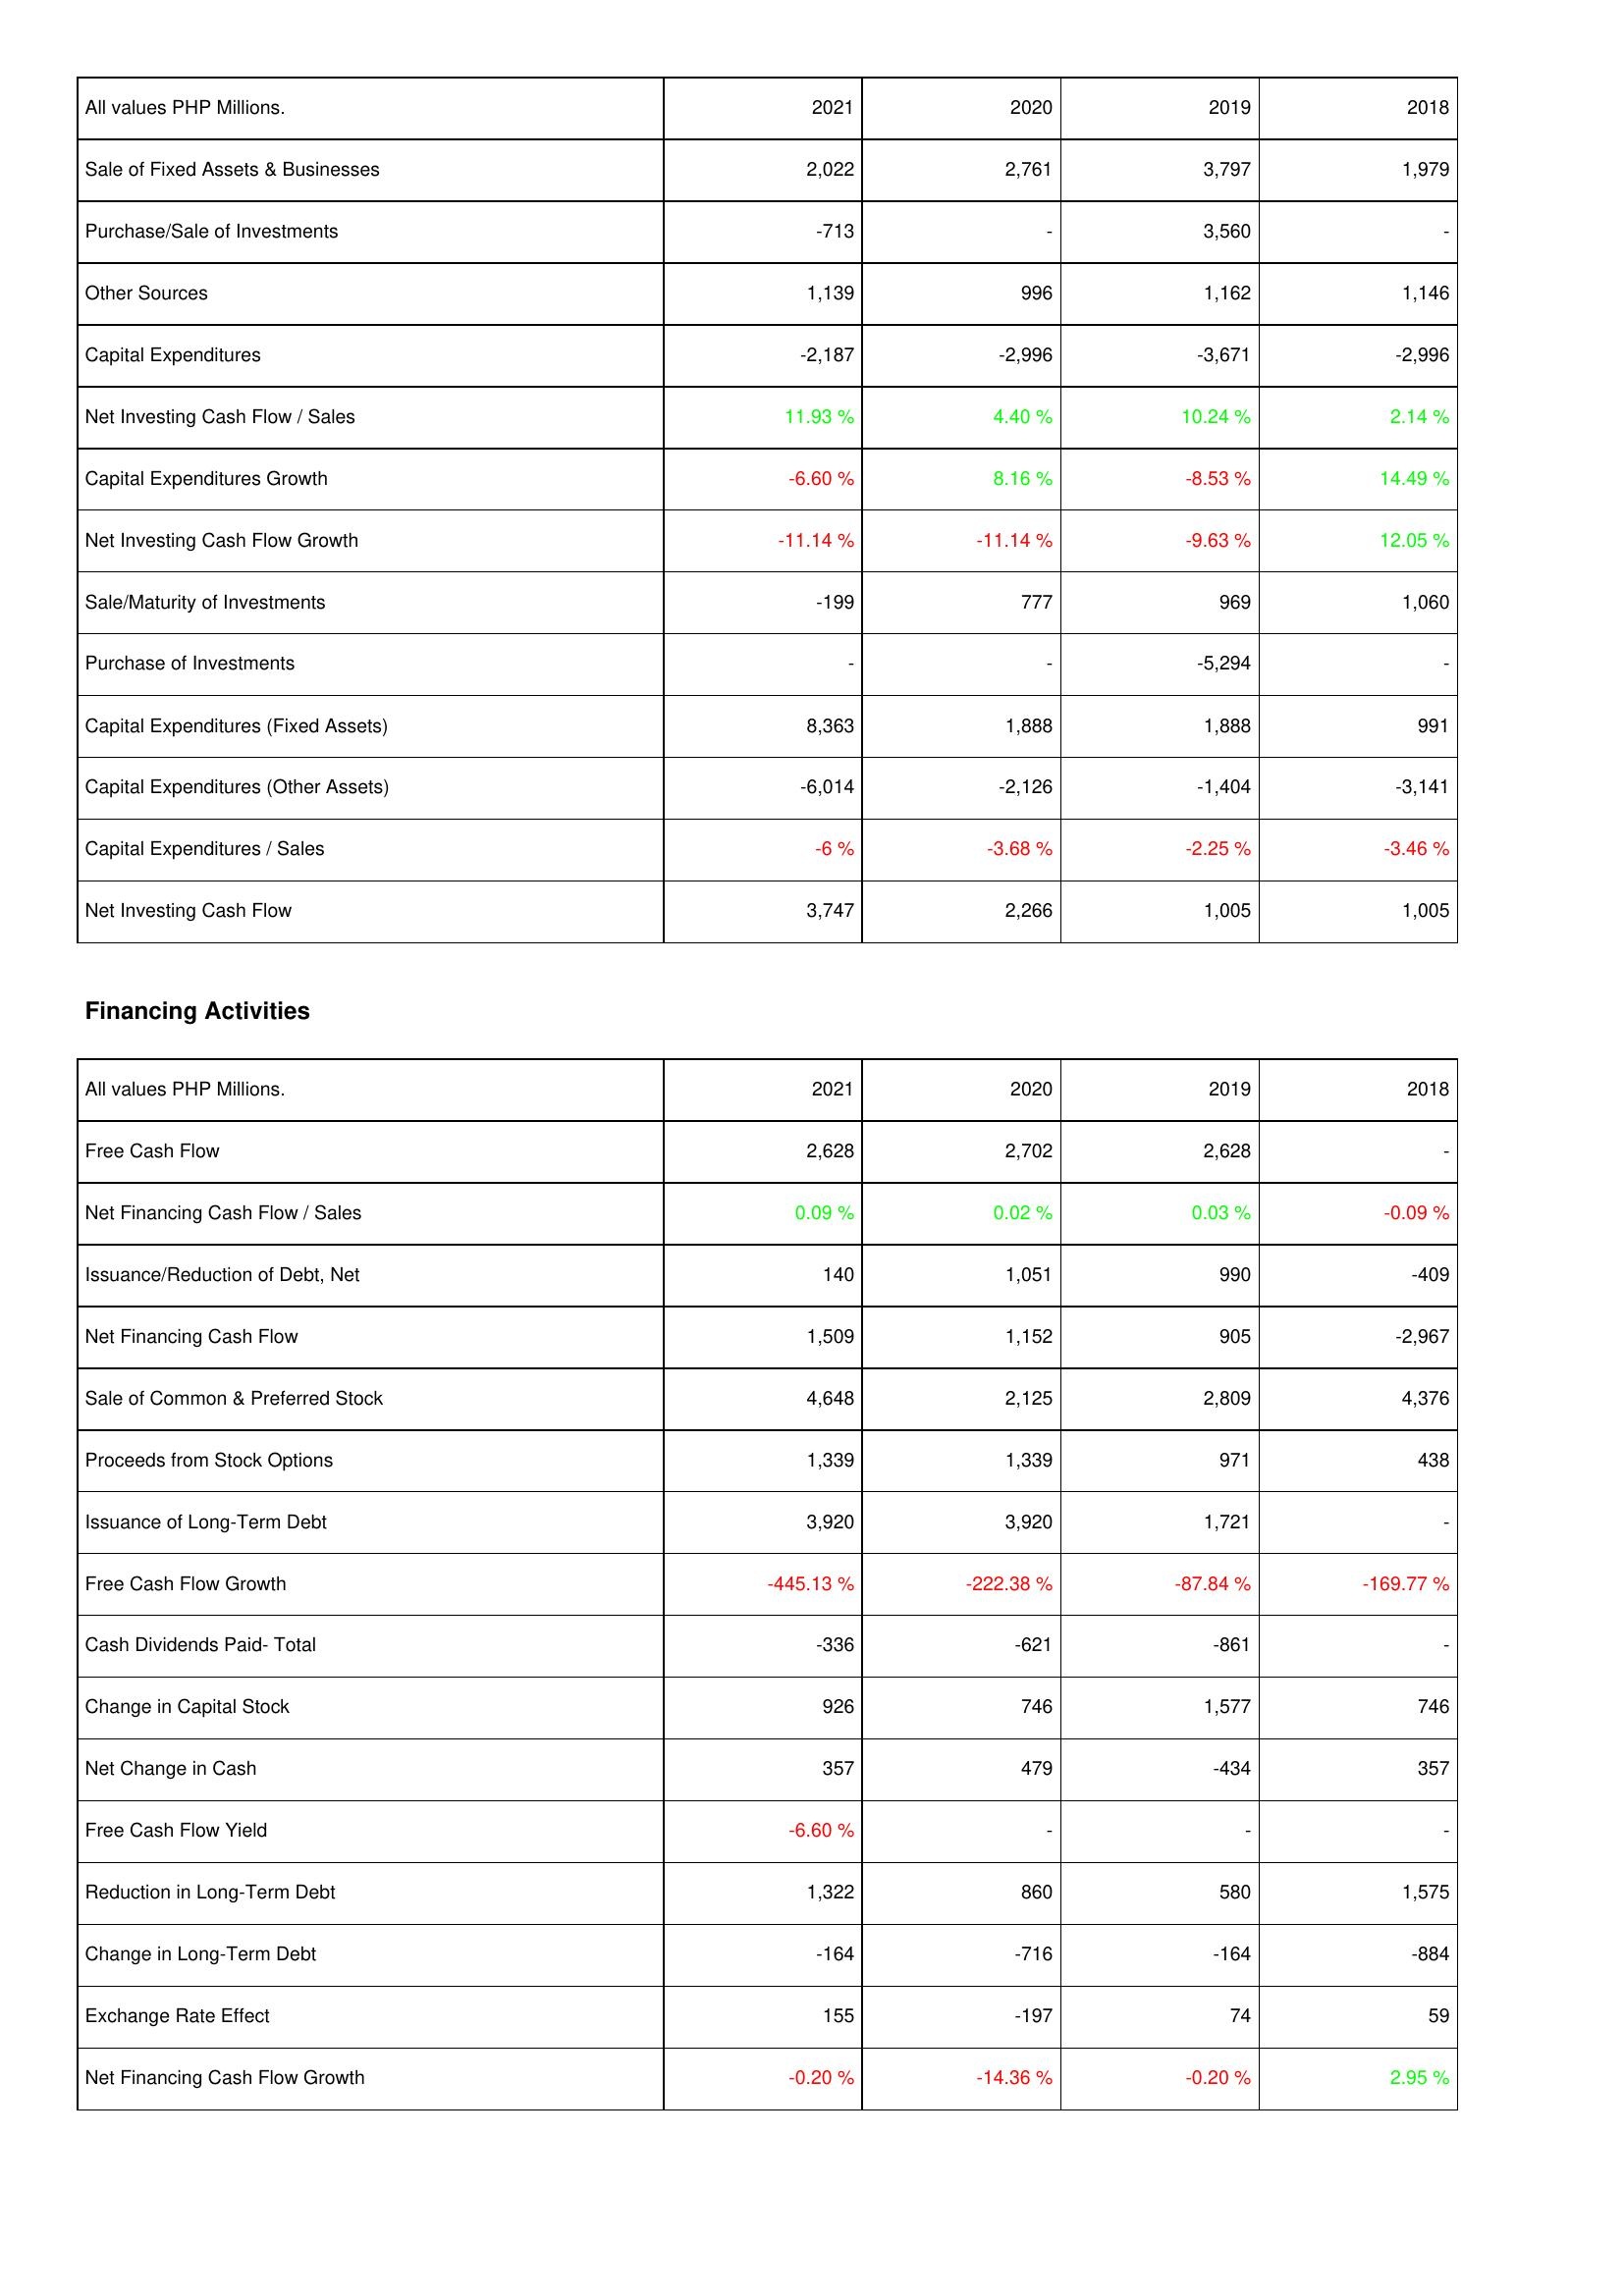
2021: Investing Activities: Sale of Fixed Assets & Businesses: 2,022
Purchase/Sale of Investments: -713
Other Sources: 1,139
Capital Expenditures: -2,187
Net Investing Cash Flow / Sales: 11.93 %
Capital Expenditures Growth: -6.60 %
Net Investing Cash Flow Growth: -11.14 %
Sale/Maturity of Investments: -199
Purchase of Investments: -
Capital Expenditures (Fixed Assets): 8,363
Capital Expenditures (Other Assets): -6,014
Capital Expenditures / Sales: -6 %
Net Investing Cash Flow: 3,747
Financing Activities: Free Cash Flow: 2,628
Net Financing Cash Flow / Sales: 0.09 %
Issuance/Reduction of Debt, Net: 140
Net Financing Cash Flow: 1,509
Sale of Common & Preferred Stock: 4,648
Proceeds from Stock Options: 1,339
Issuance of Long-Term Debt: 3,920
Free Cash Flow Growth: -445.13 %
Cash Dividends Paid- Total: -336
Change in Capital Stock: 926
Net Change in Cash: 357
Free Cash Flow Yield: -6.60 %
Reduction in Long-Term Debt: 1,322
Change in Long-Term Debt: -164
Exchange Rate Effect: 155
Net Financing Cash Flow Growth: -0.20 %
2020: Investing Activities: Sale of Fixed Assets & Businesses: 2,761
Purchase/Sale of Investments: -
Other Sources: 996
Capital Expenditures: -2,996
Net Investing Cash Flow / Sales: 4.40 %
Capital Expenditures Growth: 8.16 %
Net Investing Cash Flow Growth: -11.14 %
Sale/Maturity of Investments: 777
Purchase of Investments: -
Capital Expenditures (Fixed Assets): 1,888
Capital Expenditures (Other Assets): -2,126
Capital Expenditures / Sales: -3.68 %
Net Investing Cash Flow: 2,266
Financing Activities: Free Cash Flow: 2,702
Net Financing Cash Flow / Sales: 0.02 %
Issuance/Reduction of Debt, Net: 1,051
Net Financing Cash Flow: 1,152
Sale of Common & Preferred Stock: 2,125
Proceeds from Stock Options: 1,339
Issuance of Long-Term Debt: 3,920
Free Cash Flow Growth: -222.38 %
Cash Dividends Paid- Total: -621
Change in Capital Stock: 746
Net Change in Cash: 479
Free Cash Flow Yield: -
Reduction in Long-Term Debt: 860
Change in Long-Term Debt: -716
Exchange Rate Effect: -197
Net Financing Cash Flow Growth: -14.36 %
2019: Investing Activities: Sale of Fixed Assets & Businesses: 3,797
Purchase/Sale of Investments: 3,560
Other Sources: 1,162
Capital Expenditures: -3,671
Net Investing Cash Flow / Sales: 10.24 %
Capital Expenditures Growth: -8.53 %
Net Investing Cash Flow Growth: -9.63 %
Sale/Maturity of Investments: 969
Purchase of Investments: -5,294
Capital Expenditures (Fixed Assets): 1,888
Capital Expenditures (Other Assets): -1,404
Capital Expenditures / Sales: -2.25 %
Net Investing Cash Flow: 1,005
Financing Activities: Free Cash Flow: 2,628
Net Financing Cash Flow / Sales: 0.03 %
Issuance/Reduction of Debt, Net: 990
Net Financing Cash Flow: 905
Sale of Common & Preferred Stock: 2,809
Proceeds from Stock Options: 971
Issuance of Long-Term Debt: 1,721
Free Cash Flow Growth: -87.84 %
Cash Dividends Paid- Total: -861
Change in Capital Stock: 1,577
Net Change in Cash: -434
Free Cash Flow Yield: -
Reduction in Long-Term Debt: 580
Change in Long-Term Debt: -164
Exchange Rate Effect: 74
Net Financing Cash Flow Growth: -0.20 %
2018: Investing Activities: Sale of Fixed Assets & Businesses: 1,979
Purchase/Sale of Investments: -
Other Sources: 1,146
Capital Expenditures: -2,996
Net Investing Cash Flow / Sales: 2.14 %
Capital Expenditures Growth: 14.49 %
Net Investing Cash Flow Growth: 12.05 %
Sale/Maturity of Investments: 1,060
Purchase of Investments: -
Capital Expenditures (Fixed Assets): 991
Capital Expenditures (Other Assets): -3,141
Capital Expenditures / Sales: -3.46 %
Net Investing Cash Flow: 1,005
Financing Activities: Free Cash Flow: -
Net Financing Cash Flow / Sales: -0.09 %
Issuance/Reduction of Debt, Net: -409
Net Financing Cash Flow: -2,967
Sale of Common & Preferred Stock: 4,376
Proceeds from Stock Options: 438
Issuance of Long-Term Debt: -
Free Cash Flow Growth: -169.77 %
Cash Dividends Paid- Total: -
Change in Capital Stock: 746
Net Change in Cash: 357
Free Cash Flow Yield: -
Reduction in Long-Term Debt: 1,575
Change in Long-Term Debt: -884
Exchange Rate Effect: 59
Net Financing Cash Flow Growth: 2.95 %